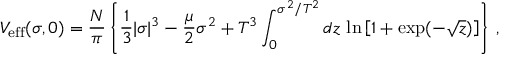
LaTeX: V _ { \mathrm { e f f } } ( \sigma , 0 ) = { \frac { N } { \pi } } \left\{ { \frac { 1 } { 3 } } | \sigma | ^ { 3 } - { \frac { \mu } { 2 } } \sigma ^ { 2 } + { T ^ { 3 } } \int _ { 0 } ^ { \sigma ^ { 2 } / T ^ { 2 } } d z \, \ln \left[ 1 + \exp ( - \sqrt { z } ) \right] \right\} \, ,